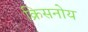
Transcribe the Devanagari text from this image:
क्रिसनोय